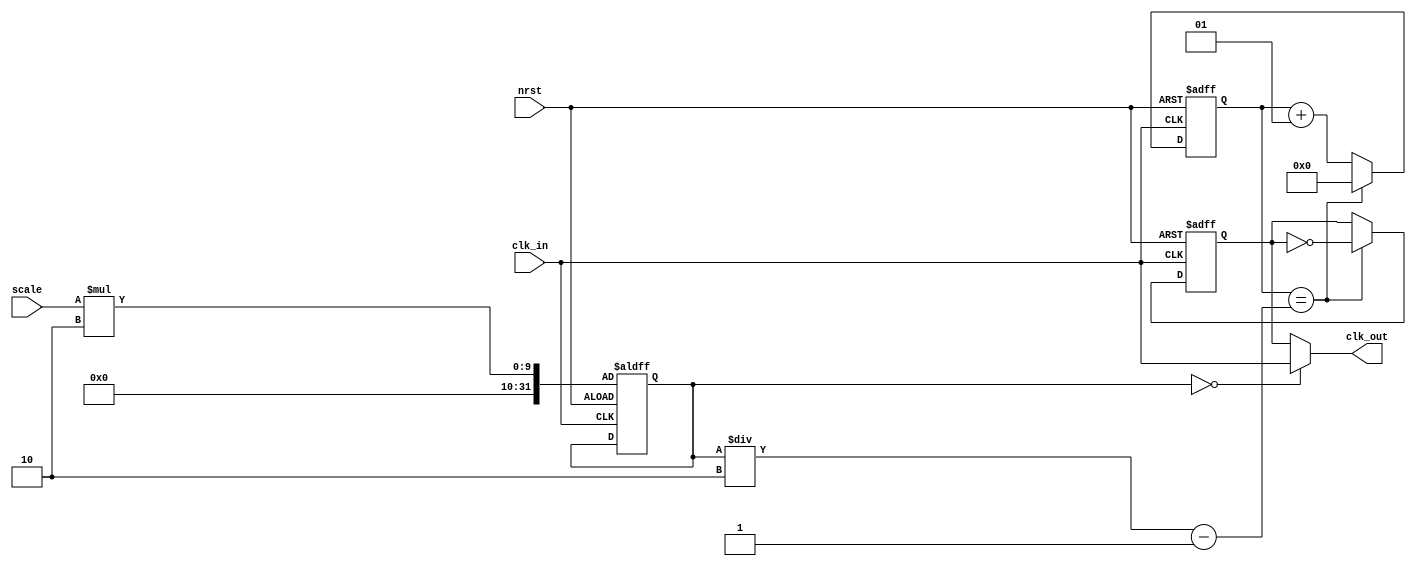
module clock_divider
  // Parameters section
  #(parameter WIDTH = 8)
(
  // Ports section
  input clk_in, nrst,
  input [WIDTH-1:0] scale,
  output clk_out 
);
  integer count ; // counter
  integer CONST = 2 ;// 200000 ; // CONSTANT to multiply the 'scale'
  //reg  [WIDTH-1:0] scale_reg ; // register to save the scale_reg when reset is triggered
  reg  [31:0] true_scale ; // the 'true' scale defined as 'scale_reg * CONST'
  reg signal_clk_out ; // register to save the clk_out and send it to this port

  initial begin
      signal_clk_out = 0 ;
      count = 0 ;   
      //scale_reg [WIDTH-1:0] = scale ;
      signal_clk_out = 0 ;
  end

  always @(negedge nrst or posedge clk_in) begin 
    if (!nrst) begin
      signal_clk_out <= 0 ;
      count <= 0 ;
  //    scale_reg <=  scale; // set the scale to a internal register scale_reg when update_scale is triggered
      true_scale <= scale*CONST ; // update the true scale
    end
    else begin
        if (count == (true_scale/2 - 1)) begin
          signal_clk_out <= ~signal_clk_out ; // toggle the signal_clk_out then 'count == true_scale'
          count <= 0 ;
        end else begin 
          count <= count + 1 ;
        end
    end 
  end



  assign clk_out = (true_scale == 0) ? clk_in : signal_clk_out ; // if the true_scale is zero, the clk_in is buffered to the output

endmodule